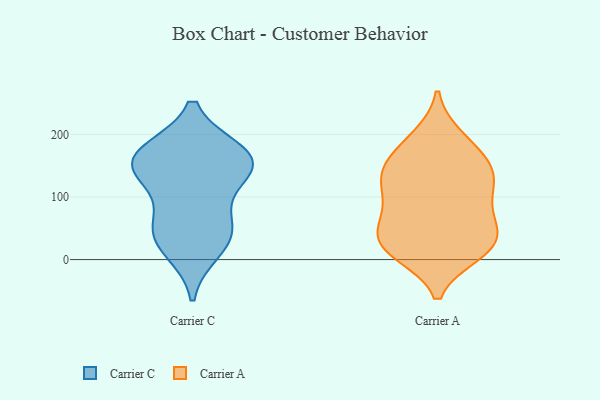
{"axis": {"x": "Market Share (%)", "y": "Value"}, "legend": ["Carrier A", "Carrier C"], "data": [{"x": "", "y": 170, "type": "Carrier C"}, {"x": "", "y": 42, "type": "Carrier C"}, {"x": "", "y": 43, "type": "Carrier C"}, {"x": "", "y": 67, "type": "Carrier C"}, {"x": "", "y": 16, "type": "Carrier C"}, {"x": "", "y": 137, "type": "Carrier C"}, {"x": "", "y": 150, "type": "Carrier C"}, {"x": "", "y": 171, "type": "Carrier C"}, {"x": "", "y": 143, "type": "Carrier C"}, {"x": "", "y": 162, "type": "Carrier C"}, {"x": "", "y": 13, "type": "Carrier A"}, {"x": "", "y": 113, "type": "Carrier A"}, {"x": "", "y": 10, "type": "Carrier A"}, {"x": "", "y": 136, "type": "Carrier A"}, {"x": "", "y": 71, "type": "Carrier A"}, {"x": "", "y": 110, "type": "Carrier A"}, {"x": "", "y": 196, "type": "Carrier A"}, {"x": "", "y": 73, "type": "Carrier A"}, {"x": "", "y": 58, "type": "Carrier A"}, {"x": "", "y": 192, "type": "Carrier A"}, {"x": "", "y": 163, "type": "Carrier A"}, {"x": "", "y": 48, "type": "Carrier A"}, {"x": "", "y": 157, "type": "Carrier A"}, {"x": "", "y": 143, "type": "Carrier A"}, {"x": "", "y": 140, "type": "Carrier A"}, {"x": "", "y": 37, "type": "Carrier A"}, {"x": "", "y": 23, "type": "Carrier A"}, {"x": "", "y": 14, "type": "Carrier A"}, {"x": "", "y": 112, "type": "Carrier A"}, {"x": "", "y": 22, "type": "Carrier A"}]}